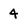
Character: 4